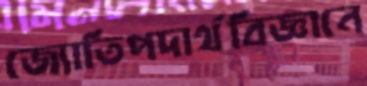
জ্যোতিপদার্থবিজ্ঞানে